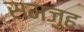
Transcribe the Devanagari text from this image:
समजुह